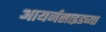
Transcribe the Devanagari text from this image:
आयर्नसाइडच्या